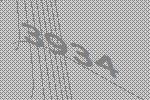
3934